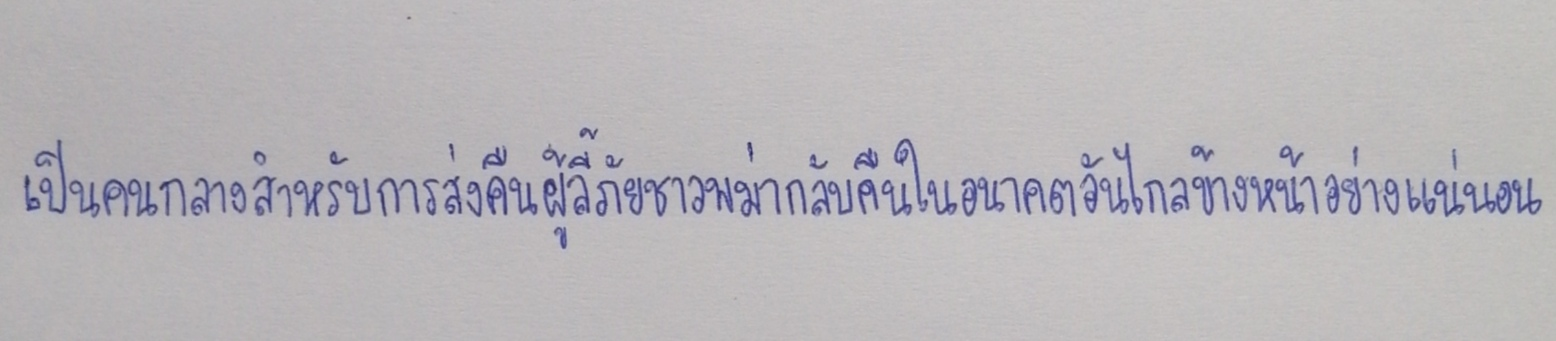
เป็นคนกลางสำหรับการส่งคืนผู้ลี้ภัยชาวพม่ากลับคืนในอนาคตอันไกลข้างหน้าอย่างแน่นอน